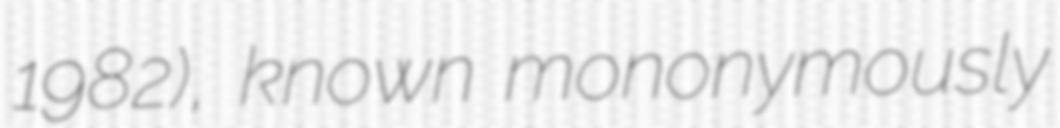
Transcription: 1982), known mononymously